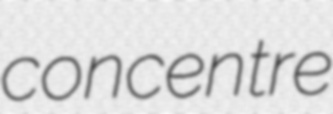
concentre